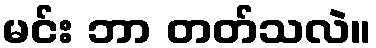
မင်း ဘာ တတ်သလဲ။